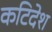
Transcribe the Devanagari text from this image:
कटिदेश